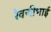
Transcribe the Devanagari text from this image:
रेवजीभाई